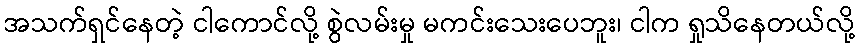
အသက်ရှင်နေတဲ့ ငါကောင်လို့ စွဲလမ်းမှု မကင်းသေးပေဘူး၊ ငါက ရှုသိနေတယ်လို့